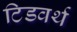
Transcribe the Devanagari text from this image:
टिडवर्थ